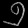
Digit: ၅